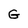
Character: G